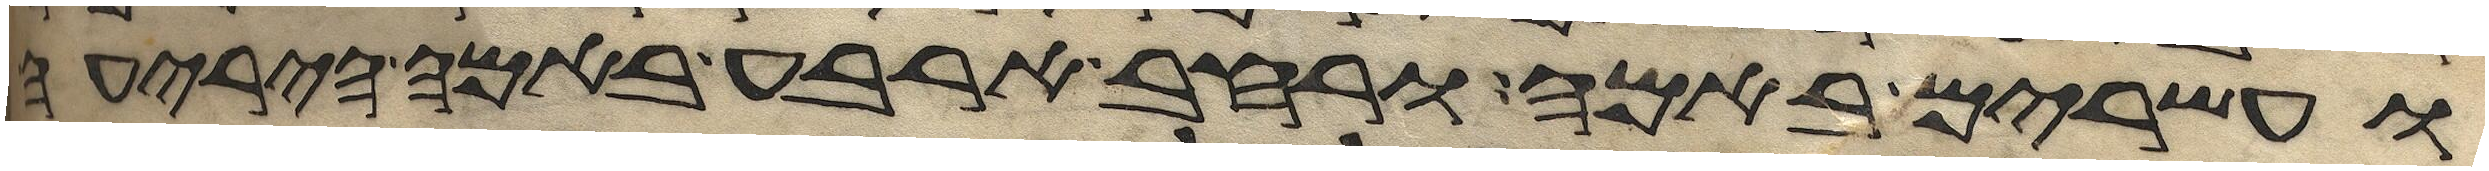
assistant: ועשרים באמה ורחב ארבע באמה היריעה